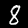
Digit: 8